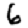
Digit: 6